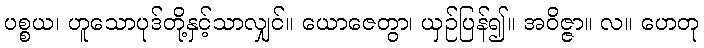
ပစ္စယ၊ ဟူသောပုဒ်တို့နှင့်သာလျှင်။ ယောဇေတွာ၊ ယှဉ်ပြန်၍။ အဝိဇ္ဇာ။ လ။ ဟေတု